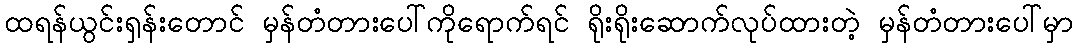
ထရန်ယွင်းရှန်းတောင် မှန်တံတားပေါ်ကိုရောက်ရင် ရိုးရိုးဆောက်လုပ်ထားတဲ့ မှန်တံတားပေါ်မှာ